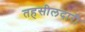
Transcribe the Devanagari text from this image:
तहसीलदारी